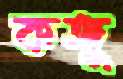
কঙ্গু